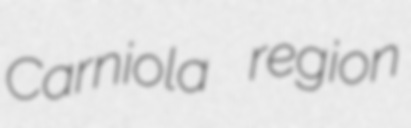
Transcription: Carniola region